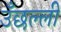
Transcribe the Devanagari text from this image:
उँछल्ली